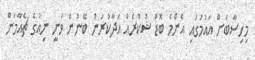
މިހިސާބަށް އައުމުގައި އެންމެ ބޮޑު ޝުކުރެއް އަދާކުރަން ބޭނުން ވަނީ ނިއުގެ ޗެއާމަން